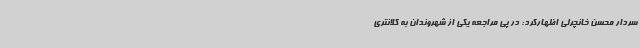
سردار محسن خانچرلی اظهارکرد: در پی مراجعه یکی از شهروندان به کلانتری